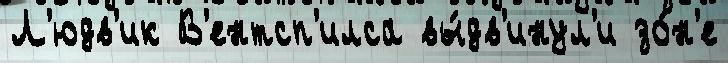
Л'юдв'ик В'ентсп'илса вы́дв'инул'и зо́н'е